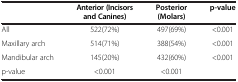
<table><thead><tr><td><b> </b></td><td><b>Anterior (Incisors and Canines)</b></td><td><b>Posterior (Molars)</b></td><td><b>p-value</b></td></tr></thead><tbody><tr><td>All</td><td>522(72%)</td><td>497(69%)</td><td>&lt;0.001</td></tr><tr><td>Maxillary arch</td><td>514(71%)</td><td>388(54%)</td><td>&lt;0.001</td></tr><tr><td>Mandibular arch</td><td>145(20%)</td><td>432(60%)</td><td>&lt;0.001</td></tr><tr><td>p-value</td><td>&lt;0.001</td><td>&lt;0.001</td><td> </td></tr></tbody></table>